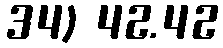
34) 42.42